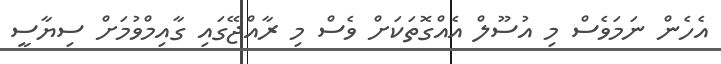
އެހެން ނަމަވެސް މި އުސޫލް އެއްގޮތަކަށް ވެސް މި ރާއްޖޭގައި ގާއިމްވުމަށް ސިޔާސީ